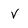
Character: v